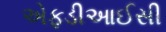
એફડીઆઈસી